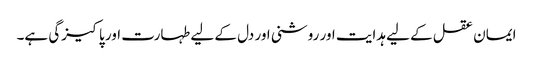
ایمان عقل کے لیے ہدایت اور روشنی اور دل کے لیے طہارت اور پاکیزگی ہے۔